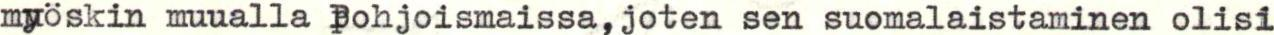
myöskin muualla pohjoismaissa,joten sen suomalaistaminen olisi